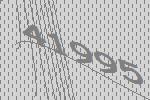
41995